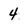
Character: 4